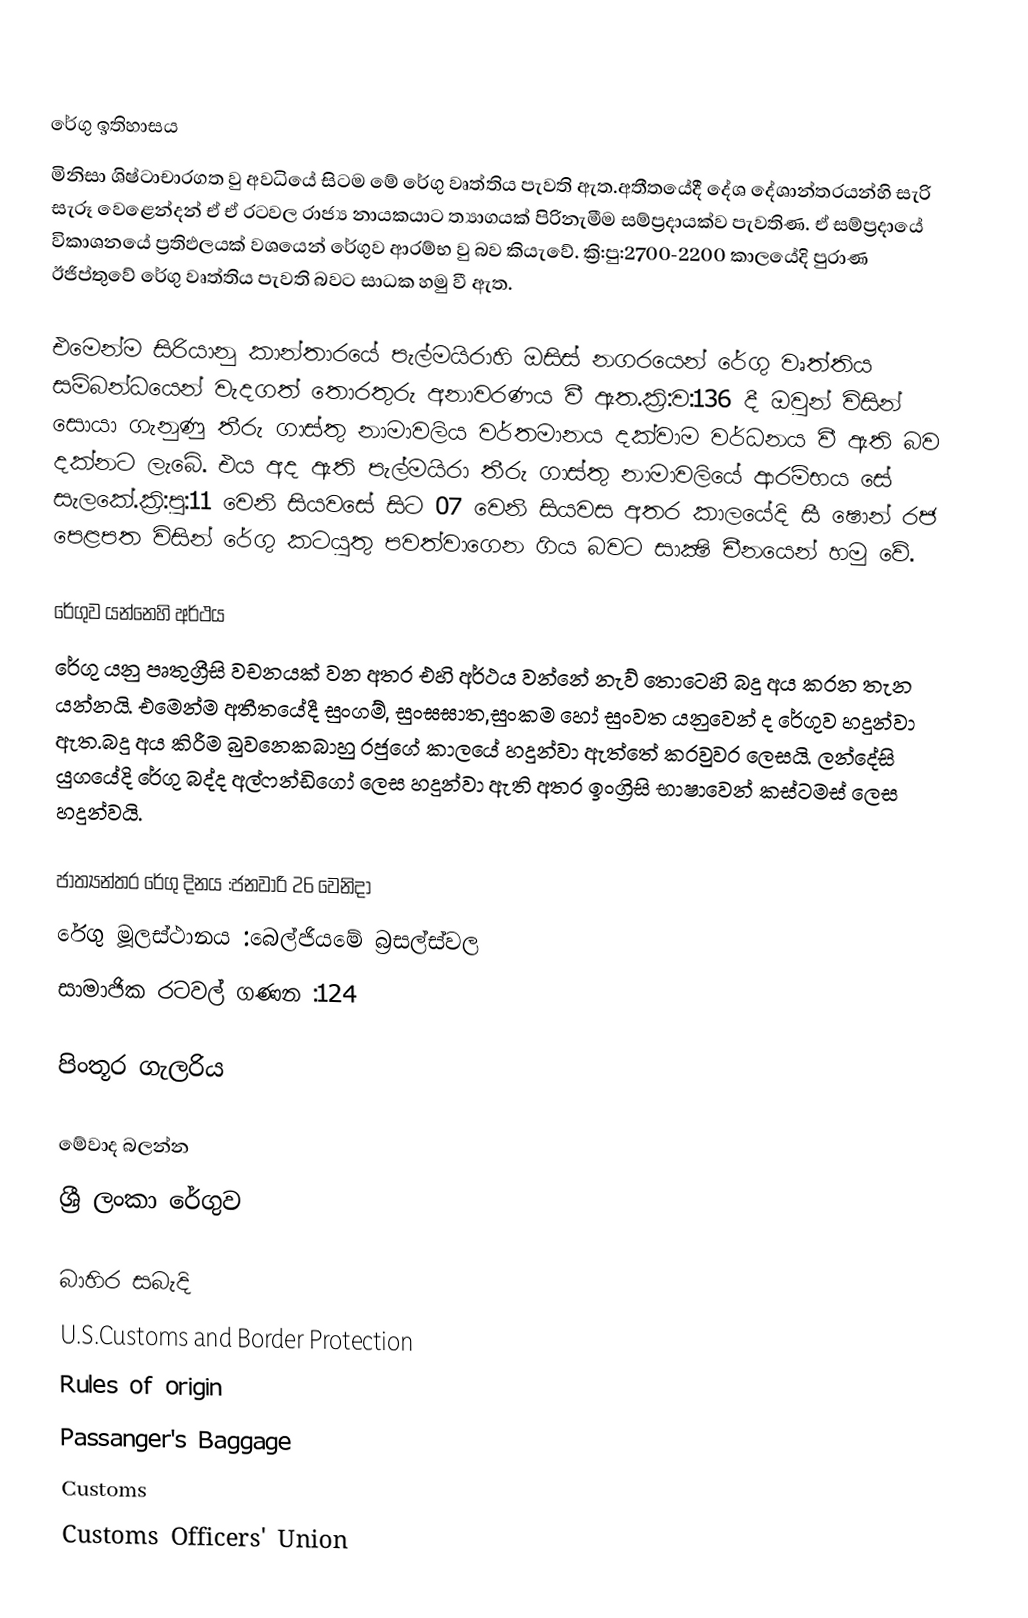

රේගු ඉතිහාසය
මිනිසා ශිෂ්ටාචාරගත වු අවධියේ සිටම මේ රේගු වෘත්තිය පැවති ඇත.අතීතයේදී දේශ දේශාන්තරයන්හි සැරි සැරූ වෙළෙන්දන් ඒ ඒ රටවල රාජ්‍ය නායකයාට ත්‍යාගයක් පිරිනැමීම සම්ප්‍රදායක්ව පැවතිණ. ඒ සම්ප්‍රදායේ විකාශනයේ ප්‍රතිඵලයක් වශයෙන් රේගුව ආරම්භ වු බව කියැවේ. ක්‍රි:පු:2700-2200 කාලයේදි පුරාණ ඊජිප්තුවේ රේගු වෘත්තිය පැවති බවට සාධක හමු වී ඇත.

එමෙන්ම සිරියානු කාන්තාරයේ පැල්මයිරාහි ඔසිස් නගරයෙන් රේගු වෘත්තිය සම්බන්ධයෙන් වැදගත් තොරතුරු අනාවරණය වී ඇත.ක්‍රි:ව:136 දී ඔවුන් විසින් සොයා ගැනුණු තීරු ගාස්තු නාමාවලිය වර්තමානය දක්වාම වර්ධනය වී ඇති බව දක්නට ලැබේ. එය අද ඇති පැල්මයිරා තීරු ගාස්තු නාමාවලියේ ආරම්භය සේ සැලකේ.ක්‍රි:පු:11 වෙනි සියවසේ සිට 07 වෙනි සියවස අතර කාලයේදි සී ෂොන් රජ පෙළපත විසින් රේගු කටයුතු පවත්වාගෙන ගිය බවට සාක්‍ෂි චීනයෙන් හමු වේ.

රේගුව යන්නෙහි අර්ථය
රේගු යනු පෘතුග්‍රීසි වචනයක් වන අතර එහි අර්ථය වන්නේ නැව් තොටෙහි බදු අය කරන තැන යන්නයි. එමෙන්ම අතීතයේදී සුංගම්, සුංඝඝාත,සුංකම හෝ සුංවත යනුවෙන් ද රේගුව හදුන්වා ඇත.බදු අය කිරීම බුවනෙකබාහු රජුගේ කාලයේ හදුන්වා ඇත්තේ කරවුවර ලෙසයි. ලන්දේසි යුගයේදි රේගු බද්ද අල්ෆන්ඩිගෝ ලෙස හදුන්වා ඇති අතර ඉංග්‍රිසි භාෂාවෙන් කස්ටමස් ලෙස හදුන්වයි.

ජාත්‍යන්තර රේගු දිනය	:ජනවාරි 26 වෙනිදා
රේගු මූලස්ථානය	:බෙල්ජියමේ බ්‍රසල්ස්වල
සාමාජික රටවල් ගණන	:124

පිංතූර ගැලරිය

මේවාද බලන්න
ශ්‍රී ලංකා රේගුව

බාහිර සබැදි
U.S.Customs and Border Protection
Rules of origin
Passanger's Baggage
Customs
Customs Officers' Union